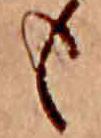
も